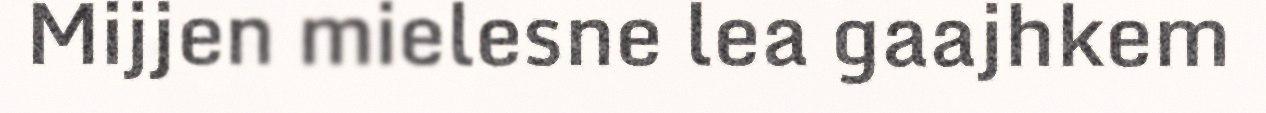
Mijjen mielesne lea gaajhkem